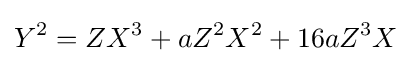
Y^{2}=ZX^{3}+aZ^{2}X^{2}+16aZ^{3}X